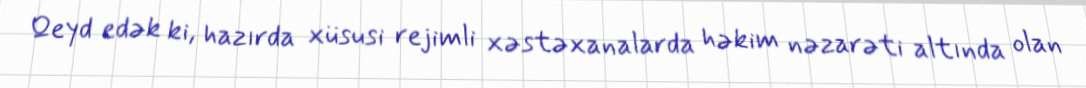
Qeyd edək ki, hazırda xüsusi rejimli xəstəxanalarda həkim nəzarəti altında olan